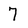
Character: 7